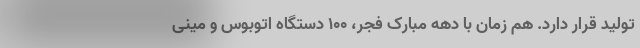
تولید قرار دارد. هم زمان با دهه مبارک فجر، 100 دستگاه اتوبوس و مینی